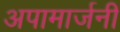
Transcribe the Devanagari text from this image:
अपामार्जनी